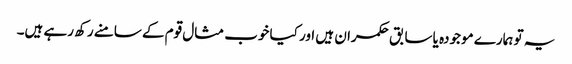
یہ تو ہمارے موجودہ یا سابق حکمران ہیں اور کیا خوب مثال قوم کے سامنے رکھ رہے ہیں۔